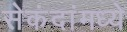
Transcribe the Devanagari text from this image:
सेकंदांमध्ये